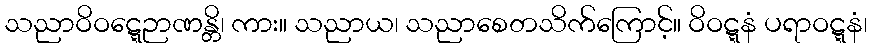
သညာဝိဝဋ္ဋေဉာဏန္တိ၊ ကား။ သညာယ၊ သညာစေတသိက်ကြောင့်။ ဝိဝဋ္ဋနံ ပရာဝဋ္ဋနံ၊